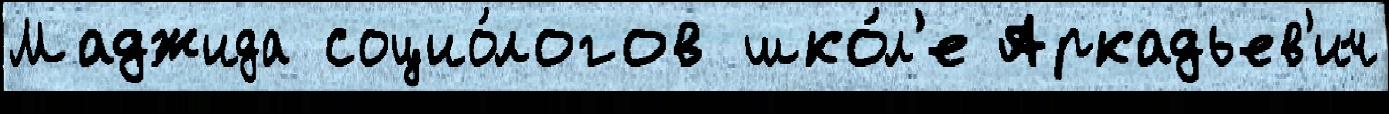
Маджида социо́логов шко́л'е Аркадьев'ич